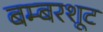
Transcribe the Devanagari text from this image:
बम्बरशूट